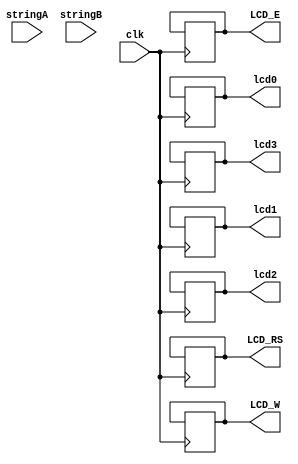
`timescale 1ns / 1ps
//////////////////////////////////////////////////////////////////////////////////
// Company: 
// Engineer: 
// 
// Design Name: 
// Module Name:    fsm_lcd 
// Project Name: 
// Target Devices: 
// Tool versions: 
// Description: 
//
// Dependencies: 
//
// Revision: 
// Revision 0.01 - File Created
// Additional Comments: 
//
//////////////////////////////////////////////////////////////////////////////////
`define EXEC_TIME 1000000000

module fsm_lcd(clk, stringA, stringB, LCD_RS, LCD_W, LCD_E,lcd0, lcd1, lcd2, lcd3);

	input [0:127] stringA;
	input [0:127] stringB;
	input clk;
	output LCD_RS, LCD_W, LCD_E, lcd0, lcd1, lcd2, lcd3;
	reg LCD_RS, LCD_W, LCD_E, lcd0, lcd1, lcd2, lcd3;

	reg [7:0] stringA_index = 0;
	reg [1:0] stringA_state = 3;
	 
	reg [7:0] stringB_index = 0;
	reg [1:0] stringB_state = 3;
	 
	reg [19:0] counter = 0;
	reg [2:0] global_state = 0;
	 
	reg [2:0] line_break_state = 7;
	 
	reg [5:0] configu [0:13];
	reg [3:0] configu_index = 0;
	 
	// Initialization code
	initial begin
		configu[0] = 6'h03;
		configu[1] = 6'h03;
		configu[2] = 6'h03;
		configu[3] = 6'h02;
		configu[4] = 6'h02;
		configu[5] = 6'h08;
		configu[6] = 6'h00;
		configu[7] = 6'h06;
		configu[8] = 6'h00;
		configu[9] = 6'h0c;
		configu[10] = 6'h00;
		configu[11] = 6'h01;
		configu[12] = 6'h08;
		configu[13] = 6'h00;
	end
	
	always @ (posedge clk) begin
	   	if (counter == `EXEC_TIME) begin
		   	counter <= 0;
			if (configu_index == 14) begin
				global_state <= 4;
				configu_index <= 0;
				stringA_state <= 0;
			end
					
			if ((global_state != 4) && (configu_index != 14)) begin
			  	case (global_state)
			    		0: begin
						LCD_E <= 0;
						global_state <= 1;
               		    		end
					
                            		1: begin
						{LCD_RS, LCD_W, lcd3, lcd2, lcd1, lcd0} <= configu[configu_index];
						global_state <= 2;
			    		end
					
			    		2: begin
						LCD_E <= 1;
						global_state <= 3;
			    		end
					
			    		3: begin
						LCD_E <= 0;
						global_state <= 1;
						configu_index <= configu_index + 1;
			    		end
			  	endcase
			end
	
			if (stringA_index == 128) begin
				stringA_state <= 3;
				stringA_index <= 0;
				line_break_state <= 0;
			end
			if ((stringA_state != 3) && (stringA_index != 128)) begin
				case (stringA_state)
					0: begin
						{LCD_RS, LCD_W, lcd3, lcd2, lcd1, lcd0} <= {2'h2,stringA[stringA_index],stringA[stringA_index+1],stringA[stringA_index+2],stringA[stringA_index+3]};
						stringA_state <= 1;
					end
						
					1: begin
						LCD_E <= 1;
						stringA_state <= 2;
					end
					
					2: begin
						LCD_E <= 0;
						stringA_state <= 0;
						stringA_index <= stringA_index+4;
					end
				endcase
			end
			
			if (line_break_state != 7) begin
				case (line_break_state)
					0: begin
						{LCD_RS, LCD_W, lcd3, lcd2, lcd1, lcd0} <= 6'h0c;
						line_break_state <= 1;
					end
						
					1: begin
						LCD_E <= 1;
						line_break_state <= 2;
					end
						
					2: begin
						LCD_E <= 0;
						line_break_state <= 3;
					end
						
					3: begin
						{LCD_RS, LCD_W, lcd3, lcd2, lcd1, lcd0} <= 6'h00;
						line_break_state <= 4;
					end
						
					4: begin
						LCD_E <= 1;
						line_break_state <= 5;
					end
						
					5: begin
						LCD_E <= 0;
						line_break_state <= 7;
						stringB_state <= 0;
					end
				endcase
			end
			
			if (stringB_index == 128) begin
				stringB_state <= 3;
				stringB_index <= 0;
			end
			if ((stringB_state != 3) && (stringB_index != 128)) begin
				case (stringB_state)
					0: begin
						{LCD_RS, LCD_W, lcd3, lcd2, lcd1, lcd0} <= {2'h2,stringB[stringB_index],stringB[stringB_index+1],stringB[stringB_index+2],stringB[stringB_index+3]};
						stringB_state <= 1;
					end
						
					1: begin
						LCD_E <= 1;
						stringB_state <= 2;
					end
					
					2: begin
						LCD_E <= 0;
						stringB_state <= 0;
						stringB_index <= stringB_index+4;
					end
				endcase
			end
		end
		else 
		begin 
		   	counter <= counter + 1;
		end
	end
endmodule